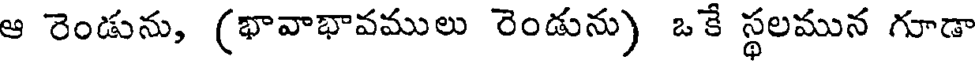
ఆ రెండును, (భావాభావములు రెండును) ఒకే స్థలమున గూడా